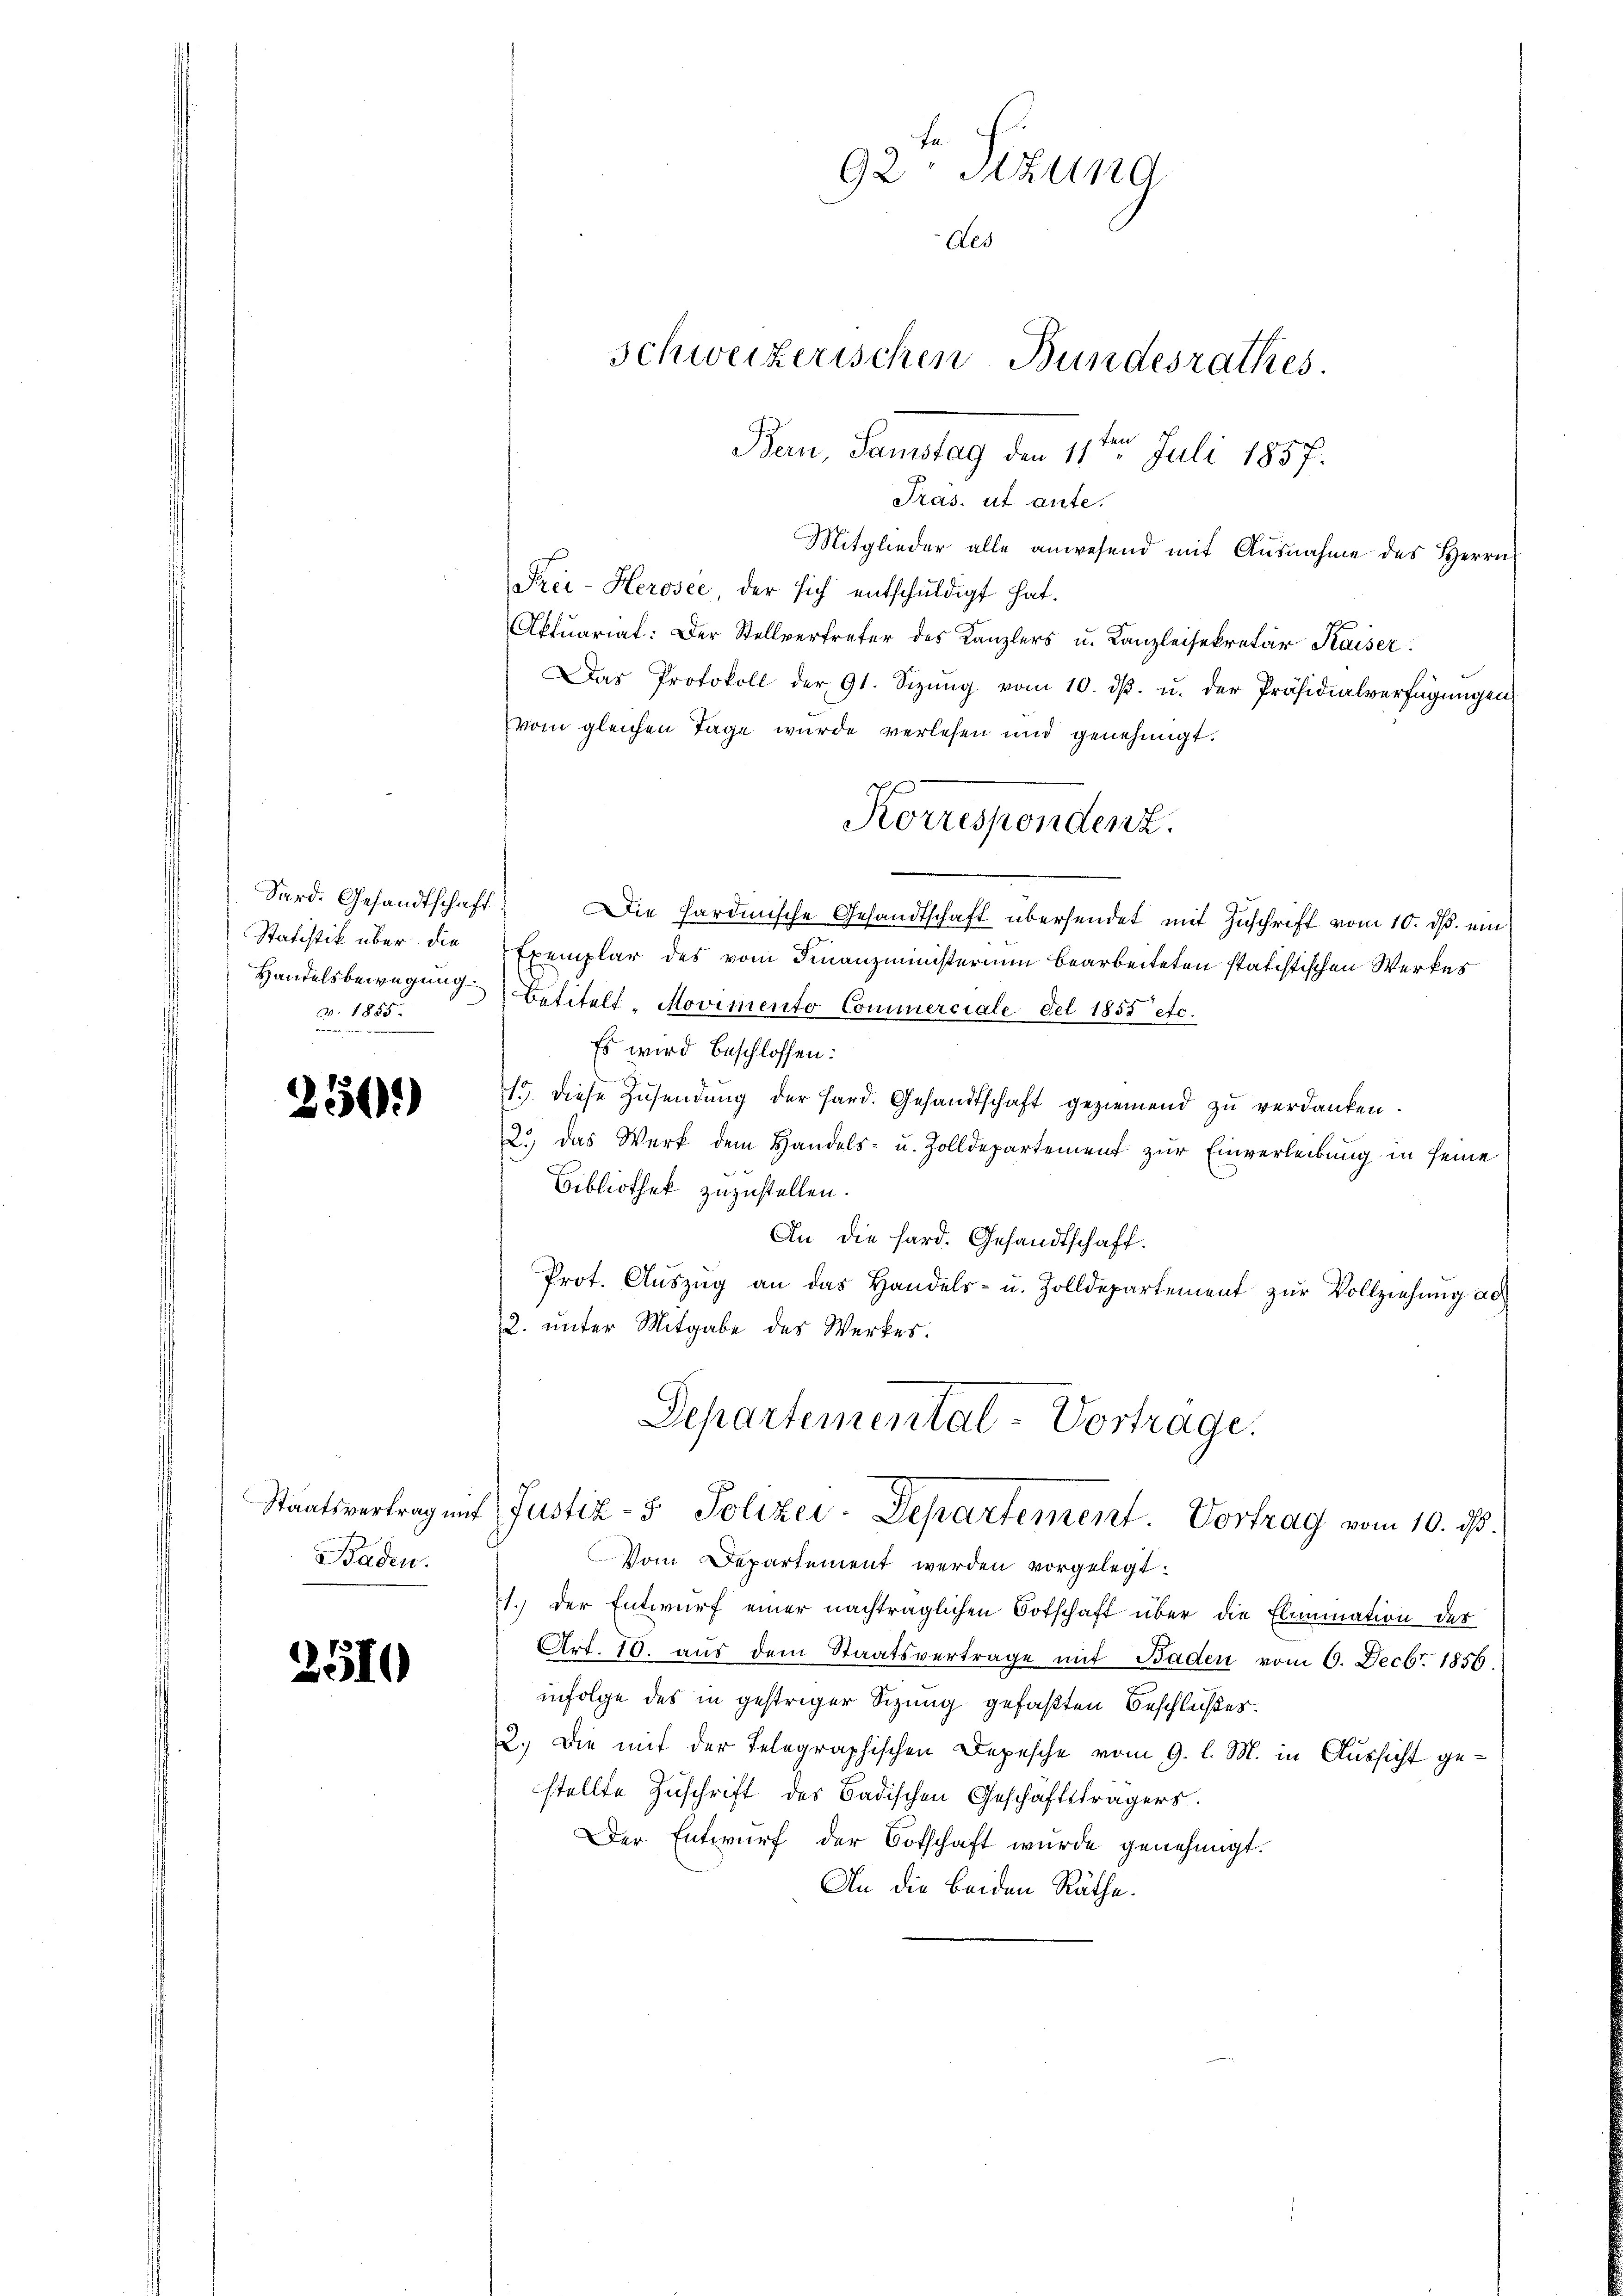
Sard. Gesandtschaft
Statistik über die
Handelsbewegung.
do. 1855.

250.

Staatsvertrag mit
Baden.

2510

92: Sizung
Aes
Schweizerischen Bundesrathes.
Bern, Samstag den 11ten Juli 1857.
Pras. ut ante.
Mitglieder alle anwesend mit Ausnahme des Herrn

Frei-Herosee, der sich entschuldigt hat.
Aktuariat: Der Stellvertreter des Kanzlers u. Kanzleisekretär Kaiser
Das Protokoll der 91. Sizŭng vom 10. dβ. u. der Präsidialverfügŭngen
vom gleichen Tage wurde verlesen und genehmigt.
Korrespondenz.
Die hardinische Gesandtschaft übersendet mit Zuschrift vom 10. ds. ein
Exemplar des vom Finanzministerium bearbeiteten statistischen Werkes
Betitelt, Movimento Commerciale del 1858 etc.
Es wird beschlossen:
19. diese Zusendung der Hard. Gesandtschaft geziemend zu verdanken.
2.) Das Werk dem Handels- u. Zolldepartement zur Einverleibung in seine
Bibliothek zuzustellen.
An die Hard. Gesandtschaft.
Prot. Aŭszŭg an das Handels- u. Zolldepartement zŭr Vollziehung ad
2. unter Mitgabe des Werkes.
Separtemental-Vortrage.
Justiz- & Polizei-Departement. Vortrag vom 10. ds
Vom Departement werden vorgelegt.
1.) Der Entwurf einer nachträglichen Botschaft über die Elimination der
Art. 10. aŭs dem Staatsvertrage mit Baden vom 6. Decbr. 1856.
infolge des in gestriger Sitzung gefaßten Beschlußes.
2.) Die mit der Telegraphischen Depesche vom 9. l. M. in Aussicht gestellte Zuschrift des Badischen Geschäftsträgers.
Der Entwurf der Botschaft wurde genehmigt.
An die beiden Räthe.